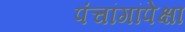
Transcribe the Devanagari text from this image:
पंचांगांपेक्षा